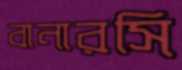
বানারসি